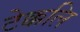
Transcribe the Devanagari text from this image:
टेक्कलि